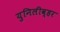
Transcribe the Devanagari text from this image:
युनिलीव्हर